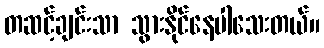
တဆင့်ချင်းသာ သွားနိုင်နေပါသေးတယ်။